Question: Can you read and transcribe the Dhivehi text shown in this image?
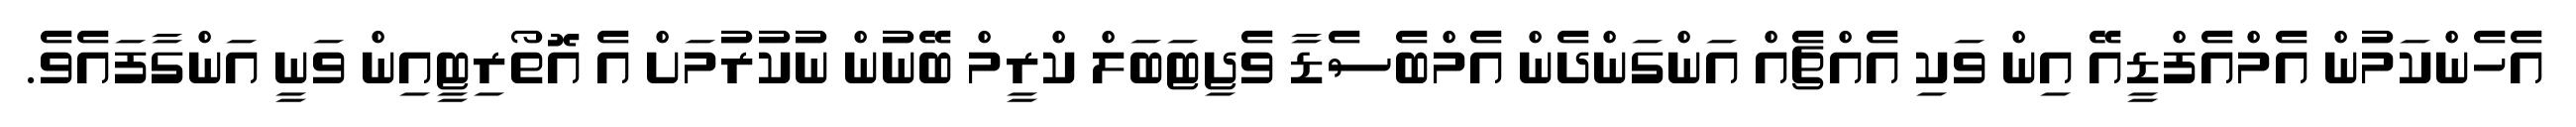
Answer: އެހެންކަމުން އެމްއެފްޑީއޭ އިން ވަކި އެއްޗެއް އަންގަންދެން އެމްބެސެޑާ ވެޖިޓަބަލް ކްރީމް ބޭނުން ނުކުރުމަށް އެ އޮތޯރިޓީއިން ވަނީ އަންގާފައެވެ.